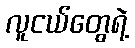
လူငယ်တွေရဲ့